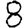
Digit: 8